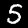
Digit: 5